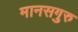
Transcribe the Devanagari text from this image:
मानसगुरु